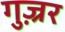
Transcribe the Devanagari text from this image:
गुज़्रर